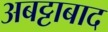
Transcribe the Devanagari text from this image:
अबट्टाबाद